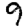
Digit: 9